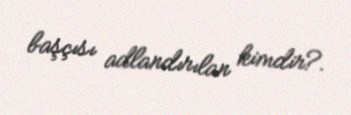
başçısı adlandırılan kimdir?.